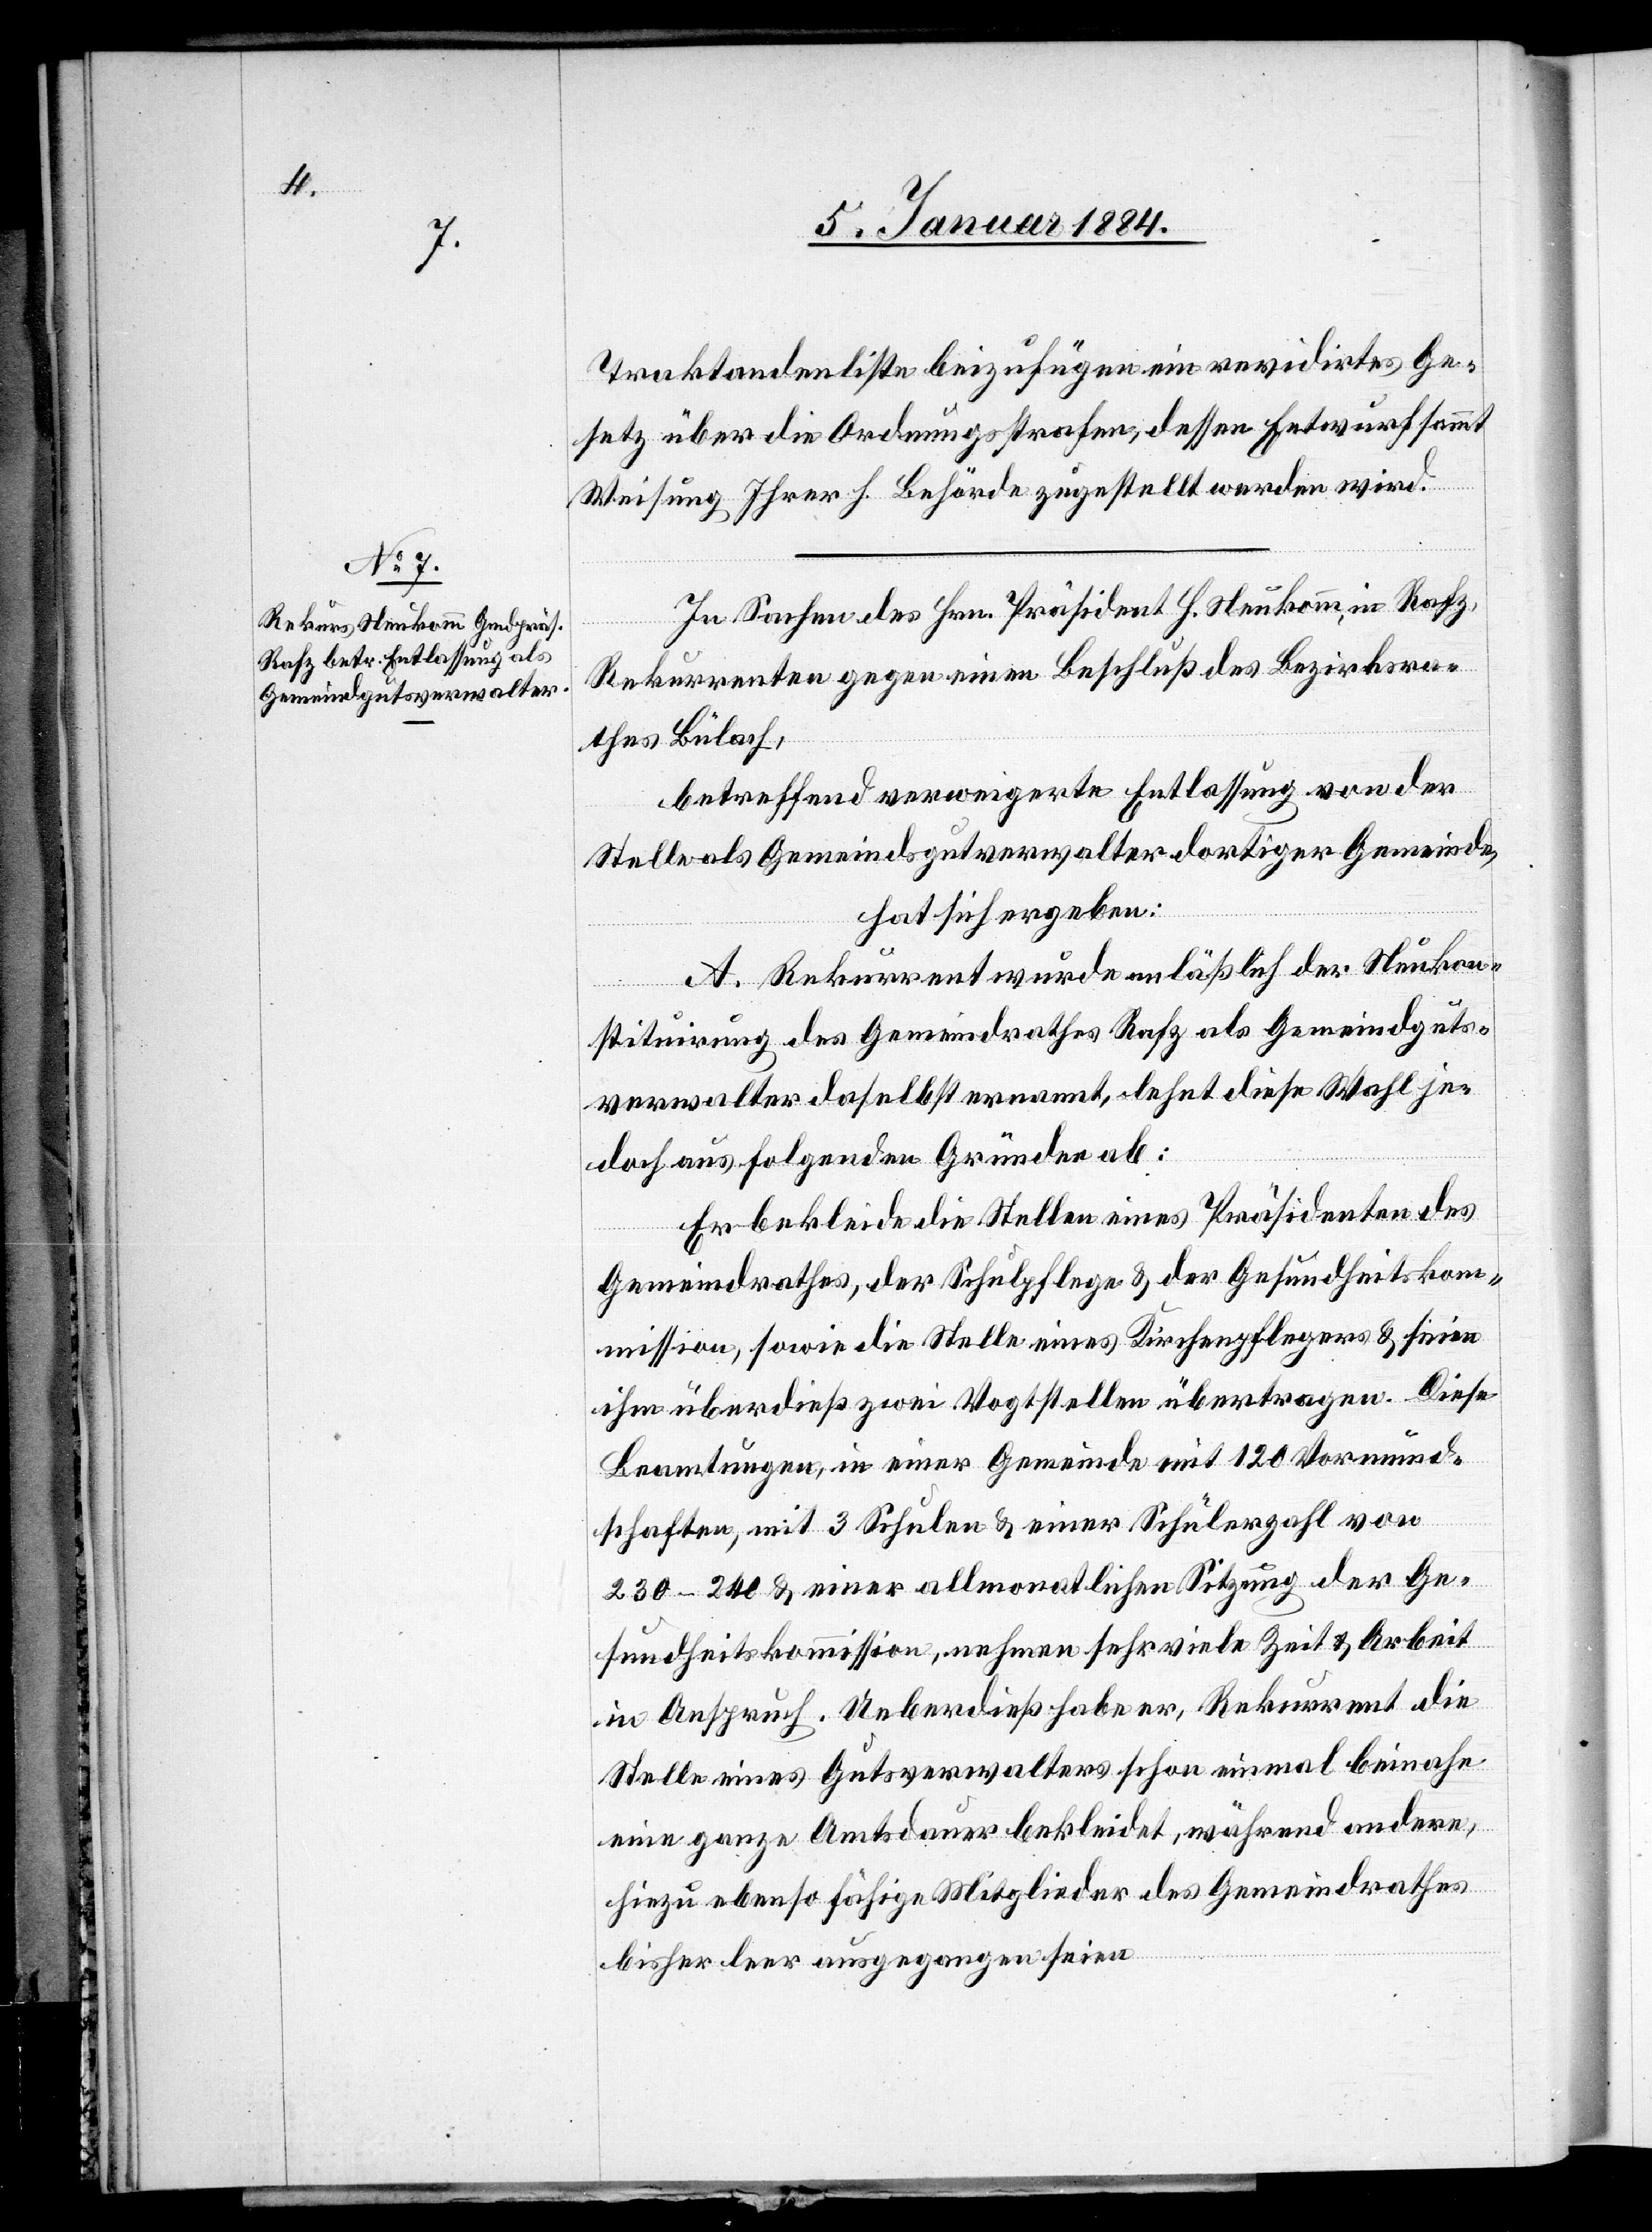
Traktandenliste beizufügen ein revidirtes Ge¬
setz über die Ordnungstrafen, dessen Entwurf sammt
Weisung Ihrer h. Behörde zugestellt werden wird.“